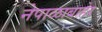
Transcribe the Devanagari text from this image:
नेपाळाबाहेर